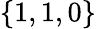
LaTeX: \{ 1,1,0\}